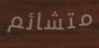
متشائم